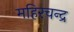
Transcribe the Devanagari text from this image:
महिरचन्द्र